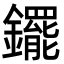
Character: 䥯